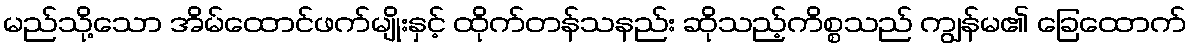
မည်သို့သော အိမ်ထောင်ဖက်မျိုးနှင့် ထိုက်တန်သနည်း ဆိုသည့်ကိစ္စသည် ကျွန်မ၏ ခြေထောက်